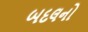
બદલનો